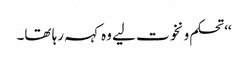
‘‘ تحکم و نخوت لیے وہ کہہ رہا تھا۔